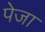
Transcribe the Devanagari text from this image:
पेजा